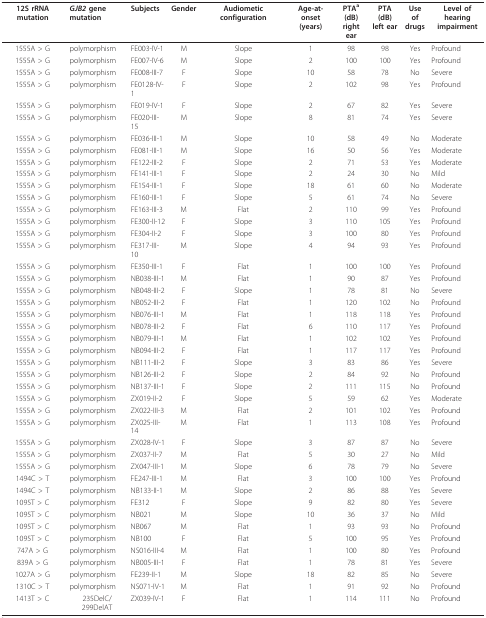
<table><thead><tr><td><b>12S rRNA mutation</b></td><td><b><i>GJB2 </i>genemutation</b></td><td><b>Subjects</b></td><td><b>Gender</b></td><td><b>Audiometic configuration</b></td><td><b>Age-at-onset(years)</b></td><td><b>PTA <sup>a</sup>(dB)right ear</b></td><td><b>PTA (dB)left ear</b></td><td><b>Use ofdrugs</b></td><td><b>Level of hearingimpairment</b></td></tr></thead><tbody><tr><td>1555A &gt; G</td><td>polymorphism</td><td>FE003-IV-1</td><td>M</td><td>Slope</td><td>1</td><td>98</td><td>98</td><td>Yes</td><td>Profound</td></tr><tr><td>1555A &gt; G</td><td>polymorphism</td><td>FE007-IV-6</td><td>M</td><td>Slope</td><td>2</td><td>100</td><td>100</td><td>Yes</td><td>Profound</td></tr><tr><td>1555A &gt; G</td><td>polymorphism</td><td>FE008-III-7</td><td>F</td><td>Slope</td><td>10</td><td>58</td><td>78</td><td>No</td><td>Severe</td></tr><tr><td>1555A &gt; G</td><td>polymorphism</td><td>FE0128-IV-1</td><td>F</td><td>Slope</td><td>2</td><td>102</td><td>98</td><td>Yes</td><td>Profound</td></tr><tr><td>1555A &gt; G</td><td>polymorphism</td><td>FE019-IV-1</td><td>F</td><td>Slope</td><td>2</td><td>67</td><td>82</td><td>Yes</td><td>Severe</td></tr><tr><td>1555A &gt; G</td><td>polymorphism</td><td>FE020-III-15</td><td>M</td><td>Slope</td><td>8</td><td>81</td><td>74</td><td>Yes</td><td>Severe</td></tr><tr><td>1555A &gt; G</td><td>polymorphism</td><td>FE036-III-1</td><td>M</td><td>Slope</td><td>10</td><td>58</td><td>49</td><td>No</td><td>Moderate</td></tr><tr><td>1555A &gt; G</td><td>polymorphism</td><td>FE081-III-1</td><td>M</td><td>Slope</td><td>16</td><td>50</td><td>56</td><td>Yes</td><td>Moderate</td></tr><tr><td>1555A &gt; G</td><td>polymorphism</td><td>FE122-III-2</td><td>F</td><td>Slope</td><td>2</td><td>71</td><td>53</td><td>Yes</td><td>Moderate</td></tr><tr><td>1555A &gt; G</td><td>polymorphism</td><td>FE141-III-1</td><td>F</td><td>Slope</td><td>2</td><td>24</td><td>30</td><td>No</td><td>Mild</td></tr><tr><td>1555A &gt; G</td><td>polymorphism</td><td>FE154-III-1</td><td>F</td><td>Slope</td><td>18</td><td>61</td><td>60</td><td>No</td><td>Moderate</td></tr><tr><td>1555A &gt; G</td><td>polymorphism</td><td>FE160-III-1</td><td>F</td><td>Slope</td><td>5</td><td>61</td><td>74</td><td>No</td><td>Severe</td></tr><tr><td>1555A &gt; G</td><td>polymorphism</td><td>FE163-III-3</td><td>M</td><td>Flat</td><td>2</td><td>110</td><td>99</td><td>Yes</td><td>Profound</td></tr><tr><td>1555A &gt; G</td><td>polymorphism</td><td>FE300-II-12</td><td>F</td><td>Slope</td><td>3</td><td>110</td><td>105</td><td>Yes</td><td>Profound</td></tr><tr><td>1555A &gt; G</td><td>polymorphism</td><td>FE304-II-2</td><td>F</td><td>Slope</td><td>3</td><td>100</td><td>80</td><td>Yes</td><td>Profound</td></tr><tr><td>1555A &gt; G</td><td>polymorphism</td><td>FE317-III-10</td><td>M</td><td>Slope</td><td>4</td><td>94</td><td>93</td><td>Yes</td><td>Profound</td></tr><tr><td>1555A &gt; G</td><td>polymorphism</td><td>FE350-III-1</td><td>F</td><td>Flat</td><td>1</td><td>100</td><td>100</td><td>Yes</td><td>Profound</td></tr><tr><td>1555A &gt; G</td><td>polymorphism</td><td>NB038-III-1</td><td>M</td><td>Flat</td><td>1</td><td>90</td><td>87</td><td>Yes</td><td>Profound</td></tr><tr><td>1555A &gt; G</td><td>polymorphism</td><td>NB048-III-2</td><td>F</td><td>Slope</td><td>1</td><td>78</td><td>81</td><td>No</td><td>Severe</td></tr><tr><td>1555A &gt; G</td><td>polymorphism</td><td>NB052-III-2</td><td>F</td><td>Flat</td><td>1</td><td>120</td><td>102</td><td>No</td><td>Profound</td></tr><tr><td>1555A &gt; G</td><td>polymorphism</td><td>NB076-III-1</td><td>M</td><td>Flat</td><td>1</td><td>118</td><td>118</td><td>Yes</td><td>Profound</td></tr><tr><td>1555A &gt; G</td><td>polymorphism</td><td>NB078-III-2</td><td>F</td><td>Flat</td><td>6</td><td>110</td><td>117</td><td>Yes</td><td>Profound</td></tr><tr><td>1555A &gt; G</td><td>polymorphism</td><td>NB079-III-1</td><td>M</td><td>Flat</td><td>1</td><td>102</td><td>102</td><td>Yes</td><td>Profound</td></tr><tr><td>1555A &gt; G</td><td>polymorphism</td><td>NB094-III-2</td><td>F</td><td>Flat</td><td>1</td><td>117</td><td>117</td><td>Yes</td><td>Profound</td></tr><tr><td>1555A &gt; G</td><td>polymorphism</td><td>NB111-III-2</td><td>F</td><td>Slope</td><td>3</td><td>83</td><td>86</td><td>Yes</td><td>Severe</td></tr><tr><td>1555A &gt; G</td><td>polymorphism</td><td>NB126-III-2</td><td>F</td><td>Slope</td><td>2</td><td>84</td><td>92</td><td>No</td><td>Profound</td></tr><tr><td>1555A &gt; G</td><td>polymorphism</td><td>NB137-III-1</td><td>F</td><td>Slope</td><td>2</td><td>111</td><td>115</td><td>No</td><td>Profound</td></tr><tr><td>1555A &gt; G</td><td>polymorphism</td><td>ZX019-II-2</td><td>F</td><td>Slope</td><td>5</td><td>59</td><td>62</td><td>Yes</td><td>Moderate</td></tr><tr><td>1555A &gt; G</td><td>polymorphism</td><td>ZX022-III-3</td><td>M</td><td>Flat</td><td>2</td><td>101</td><td>102</td><td>Yes</td><td>Profound</td></tr><tr><td>1555A &gt; G</td><td>polymorphism</td><td>ZX025-III-14</td><td>M</td><td>Flat</td><td>1</td><td>113</td><td>108</td><td>Yes</td><td>Profound</td></tr><tr><td>1555A &gt; G</td><td>polymorphism</td><td>ZX028-IV-1</td><td>F</td><td>Slope</td><td>3</td><td>87</td><td>87</td><td>No</td><td>Severe</td></tr><tr><td>1555A &gt; G</td><td>polymorphism</td><td>ZX037-II-7</td><td>M</td><td>Flat</td><td>5</td><td>30</td><td>27</td><td>No</td><td>Mild</td></tr><tr><td>1555A &gt; G</td><td>polymorphism</td><td>ZX047-III-1</td><td>M</td><td>Slope</td><td>6</td><td>78</td><td>79</td><td>No</td><td>Severe</td></tr><tr><td>1494C &gt; T</td><td>polymorphism</td><td>FE247-III-1</td><td>M</td><td>Flat</td><td>3</td><td>100</td><td>100</td><td>Yes</td><td>Profound</td></tr><tr><td>1494C &gt; T</td><td>polymorphism</td><td>NB133-II-1</td><td>M</td><td>Slope</td><td>2</td><td>86</td><td>88</td><td>Yes</td><td>Severe</td></tr><tr><td>1095T &gt; C</td><td>polymorphism</td><td>FE312</td><td>F</td><td>Slope</td><td>9</td><td>82</td><td>80</td><td>Yes</td><td>Severe</td></tr><tr><td>1095T &gt; C</td><td>polymorphism</td><td>NB021</td><td>M</td><td>Slope</td><td>10</td><td>36</td><td>37</td><td>No</td><td>Mild</td></tr><tr><td>1095T &gt; C</td><td>polymorphism</td><td>NB067</td><td>M</td><td>Flat</td><td>1</td><td>93</td><td>93</td><td>No</td><td>Profound</td></tr><tr><td>1095T &gt; C</td><td>polymorphism</td><td>NB100</td><td>F</td><td>Flat</td><td>5</td><td>100</td><td>95</td><td>Yes</td><td>Profound</td></tr><tr><td>747A &gt; G</td><td>polymorphism</td><td>NS016-III-4</td><td>M</td><td>Flat</td><td>1</td><td>100</td><td>80</td><td>Yes</td><td>Profound</td></tr><tr><td>839A &gt; G</td><td>polymorphism</td><td>NB005-III-1</td><td>F</td><td>Flat</td><td>1</td><td>78</td><td>81</td><td>Yes</td><td>Severe</td></tr><tr><td>1027A &gt; G</td><td>polymorphism</td><td>FE239-II-1</td><td>M</td><td>Slope</td><td>18</td><td>82</td><td>85</td><td>No</td><td>Severe</td></tr><tr><td>1310C &gt; T</td><td>polymorphism</td><td>NS071-IV-1</td><td>M</td><td>Flat</td><td>1</td><td>91</td><td>92</td><td>No</td><td>Profound</td></tr><tr><td>1413T &gt; C</td><td>235DelC/299DelAT</td><td>ZX039-IV-1</td><td>F</td><td>Flat</td><td>1</td><td>114</td><td>111</td><td>No</td><td>Profound</td></tr></tbody></table>